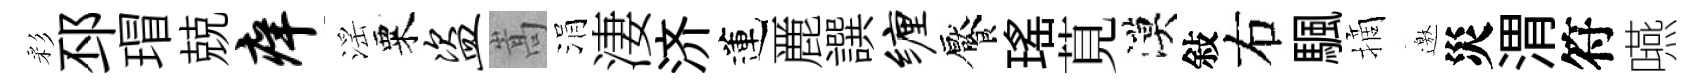
彩邳瑁兢痒滛粟盗嵩涓淒济蓮䴡譔缠饜瑤莧漠敍右颿摘邀災渭符嚥